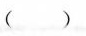
()